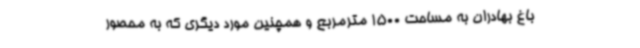
باغ بهادران به مساحت 1500 مترمربع و همچنین مورد دیگری که به محصور